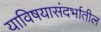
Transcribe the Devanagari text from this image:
याविषयासंदर्भातील